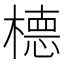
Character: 㯖